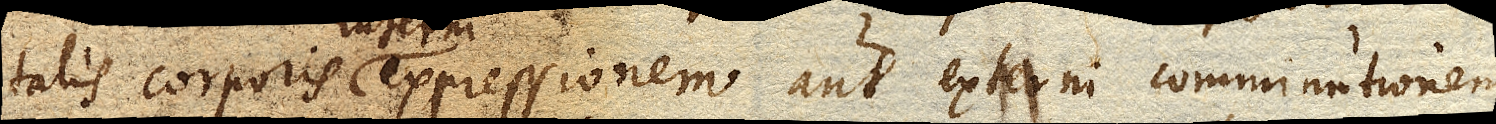
talis corporis expressionem aut externi comminutionem